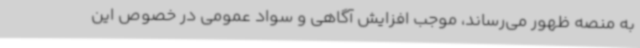
به منصه ظهور می‌رساند، موجب افزایش آگاهی و سواد عمومی در خصوص این